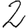
Digit: 2